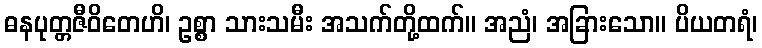
ဓနပုတ္တဇီဝိတေဟိ၊ ဥစ္စာ သားသမီး အသက်တို့ထက်။ အညံ၊ အခြားသော။ ပိယတရံ၊